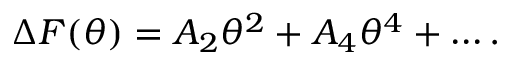
\Delta F ( \theta ) = A _ { 2 } \theta ^ { 2 } + A _ { 4 } \theta ^ { 4 } + \ldots .